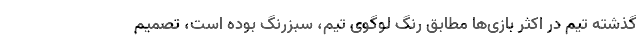
گذشته تیم در اکثر بازی‌ها مطابق رنگ لوگوی تیم، سبزرنگ بوده است، تصمیم